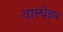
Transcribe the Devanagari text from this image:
वाल्धेइम